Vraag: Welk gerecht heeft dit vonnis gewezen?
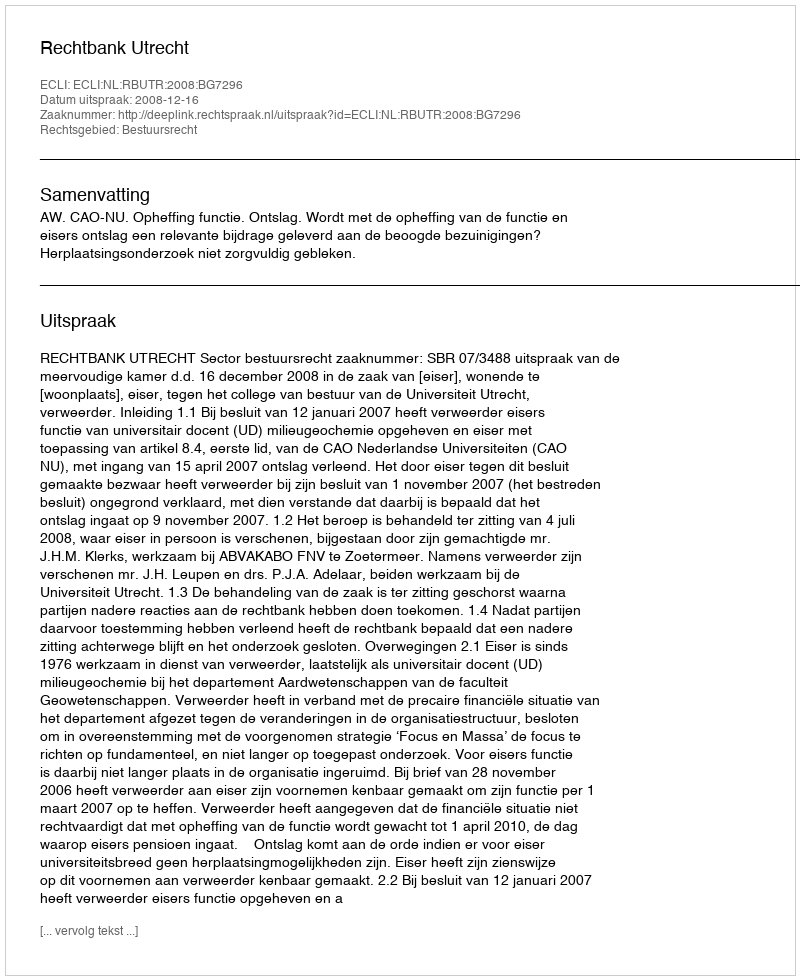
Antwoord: Rechtbank Utrecht